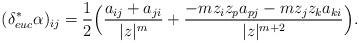
LaTeX: \begin{align*}(\delta_{euc}^{\ast} \alpha)_{ij}=\frac{1}{2}\Big{(}\frac{a_{ij}+a_{ji}}{|z|^{m}}+\frac{-m z_{i}z_{p}a_{pj}-m z_{j}z_{k}a_{ki}}{|z|^{m+2}}\Big{)}.\end{align*}